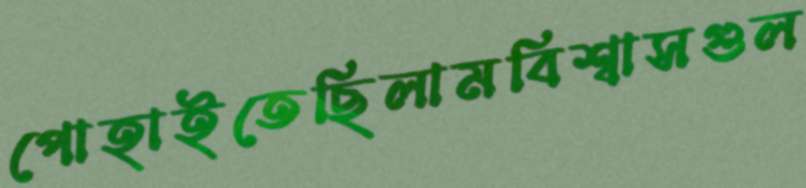
পোহাইতেছিলামবিশ্বাসগুল